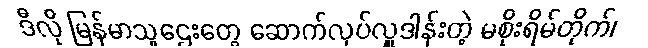
ဒီလို မြန်မာသူဌေးတွေ ဆောက်လုပ်လှူဒါန်းတဲ့ မစိုးရိမ်တိုက်၊